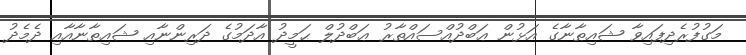
މަގުފުރެދިފައިވާ ޝައިޠާނާގެ އަޅުން ޢަބްދުއްސައްތާރު ޢަބްދުލް ޙަމީދު އާދަމުގެ ދަރިންނާއި ޝައިޠާނާއާއި ދެމެދު